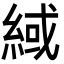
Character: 緎